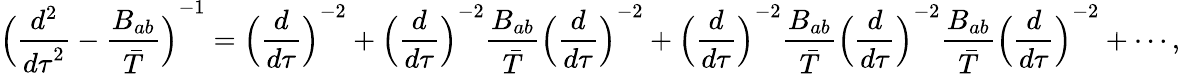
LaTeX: {\Bigl({\frac{d^{2}}{{d\tau}^{2}}}-{\frac{B_{ab}}{\bar{T}}}\Bigl)}^{-1}={\Bigl({\frac{d}{d\tau}}\Bigr)}^{-2}+{\Bigl({\frac{d}{d\tau}}\Bigr)}^{-2}{\frac{B_{ab}}{\bar{T}}}{\Bigl({\frac{d}{d\tau}}\Bigr)}^{-2}+{\Bigl({\frac{d}{d\tau}}\Bigr)}^{-2}{\frac{B_{ab}}{\bar{T}}}{\Bigl({\frac{d}{d\tau}}\Bigr)}^{-2}{\frac{B_{ab}}{\bar{T}}}{\Bigl({\frac{d}{d\tau}}\Bigr)}^{-2}+\cdots,